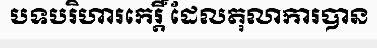
បទបរិហារកេរ្តិ៍ ដែលតុលាការបាន